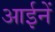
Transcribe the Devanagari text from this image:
आईनें